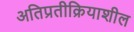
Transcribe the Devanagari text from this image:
अतिप्रतीक्रियाशील